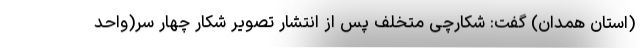
(استان همدان) گفت: شکارچی متخلف پس از انتشار تصویر شکار چهار سر(واحد